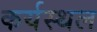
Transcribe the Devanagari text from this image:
कर्यस्थल